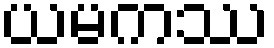
ယမကဿ